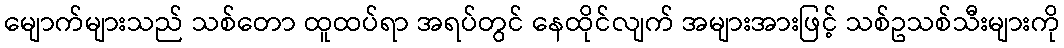
မျောက်များသည် သစ်တော ထူထပ်ရာ အရပ်တွင် နေထိုင်လျက် အများအားဖြင့် သစ်ဥသစ်သီးများကို